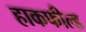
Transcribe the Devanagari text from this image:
हाकफील्ड